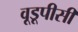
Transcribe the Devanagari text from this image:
वूडूपीसी